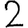
Digit: 2